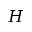
H